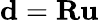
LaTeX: \textbf{d}=\textbf{R}\textbf{u}